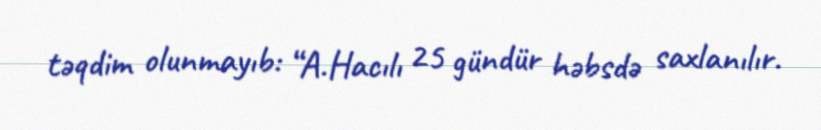
təqdim olunmayıb: “A.Hacılı 25 gündür həbsdə saxlanılır.